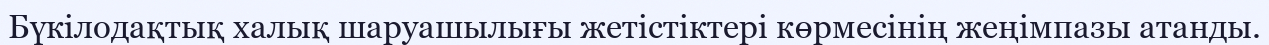
Бүкілодақтық халық шаруашылығы жетістіктері көрмесінің жеңімпазы атанды.